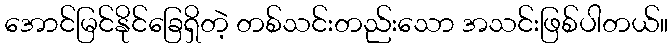
အောင်မြင်နိုင်ခြေရှိတဲ့ တစ်သင်းတည်းသော အသင်းဖြစ်ပါတယ်။